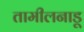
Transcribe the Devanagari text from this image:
तामीलनाडू